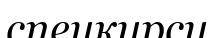
спецкурсу